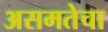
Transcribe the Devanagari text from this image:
असमतेचा